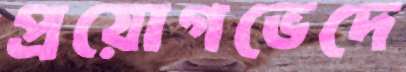
প্রয়োগভেদে